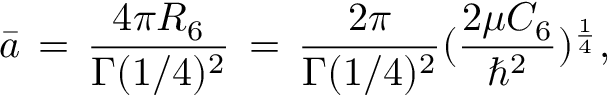
{ \bar { a } \, = \, \frac { 4 \pi R _ { 6 } } { \Gamma ( 1 / 4 ) ^ { 2 } } \, = \, \frac { 2 \pi } { \Gamma ( 1 / 4 ) ^ { 2 } } ( \frac { 2 \mu C _ { 6 } } { \hbar ^ { 2 } } ) ^ { \frac { 1 } { 4 } } , }